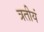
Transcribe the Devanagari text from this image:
त्रतीयं